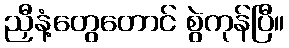
ညှီနံ့တွေတောင် စွဲကုန်ပြီ။